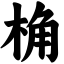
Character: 桷